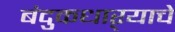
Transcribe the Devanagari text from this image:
बंदुकधाऱ्याचे